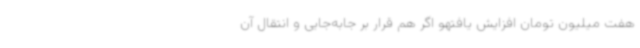
هفت میلیون تومان افزایش یافتهو اگر هم قرار بر جابه‌جایی و انتقال آن